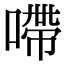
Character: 㗣